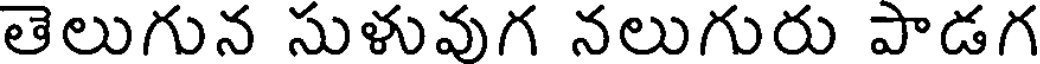
తెలుగున సుళువుగ నలుగురు పాడగ